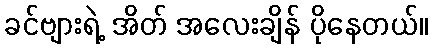
ခင်ဗျားရဲ့ အိတ် အလေးချိန် ပိုနေတယ်။